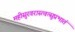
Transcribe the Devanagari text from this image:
महीसुरवरास्त्वत्सुप्रभातं